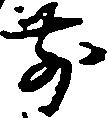
前